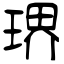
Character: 琾